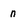
Character: n